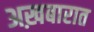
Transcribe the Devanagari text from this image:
अख़बारात